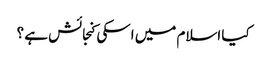
کیا اسلام میں اسکی کنجائش ہے ؟